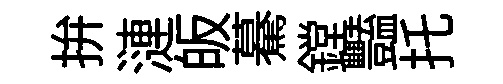
拚漣皈驀鏜豔托